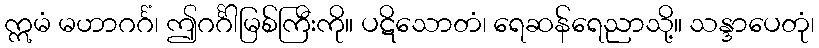
ဣမံ မဟာဂင်္ဂံ၊ ဤဂင်္ဂါမြစ်ကြီးကို။ ပဋိသောတံ၊ ရေဆန်ရေညာသို့။ သန္ဒာပေတုံ၊